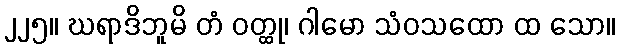
၂၂၅။ ဃရာဒိဘူမိ တံ ဝတ္ထု၊ ဂါမော သံဝသထော ထ သော။